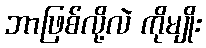
ဘာဖြစ်လို့လဲ ကိုမျိုး